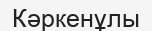
Кәркенұлы